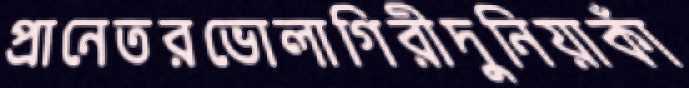
প্রানেতরভোলাগিরীদুনিয়াকাঁ